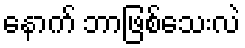
နောက် ဘာဖြစ်သေးလဲ